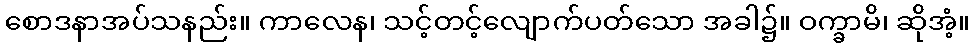
စောဒနာအပ်သနည်း။ ကာလေန၊ သင့်တင့်လျောက်ပတ်သော အခါ၌။ ဝက္ခာမိ၊ ဆိုအံ့။